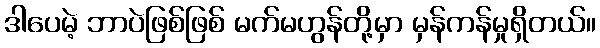
ဒါပေမဲ့ ဘာပဲဖြစ်ဖြစ် မက်မဟွန်တို့မှာ မှန်ကန်မှုရှိတယ်။